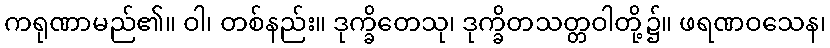
ကရုဏာမည်၏။ ဝါ၊ တစ်နည်း။ ဒုက္ခိတေသု၊ ဒုက္ခိတသတ္တဝါတို့၌။ ဖရဏဝသေန၊